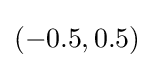
\left(-0.5,0.5\right)